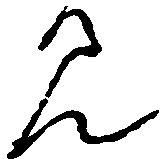
見